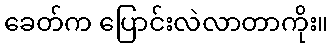
ခေတ်က ပြောင်းလဲလာတာကိုး။